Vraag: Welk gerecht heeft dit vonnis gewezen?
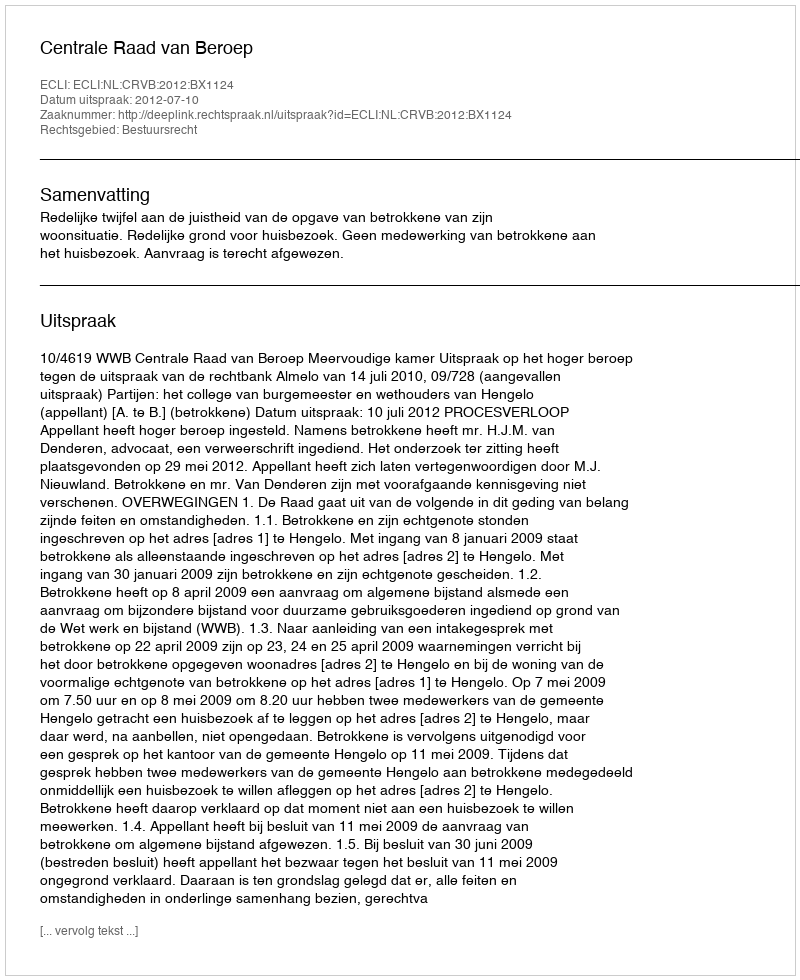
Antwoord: Centrale Raad van Beroep